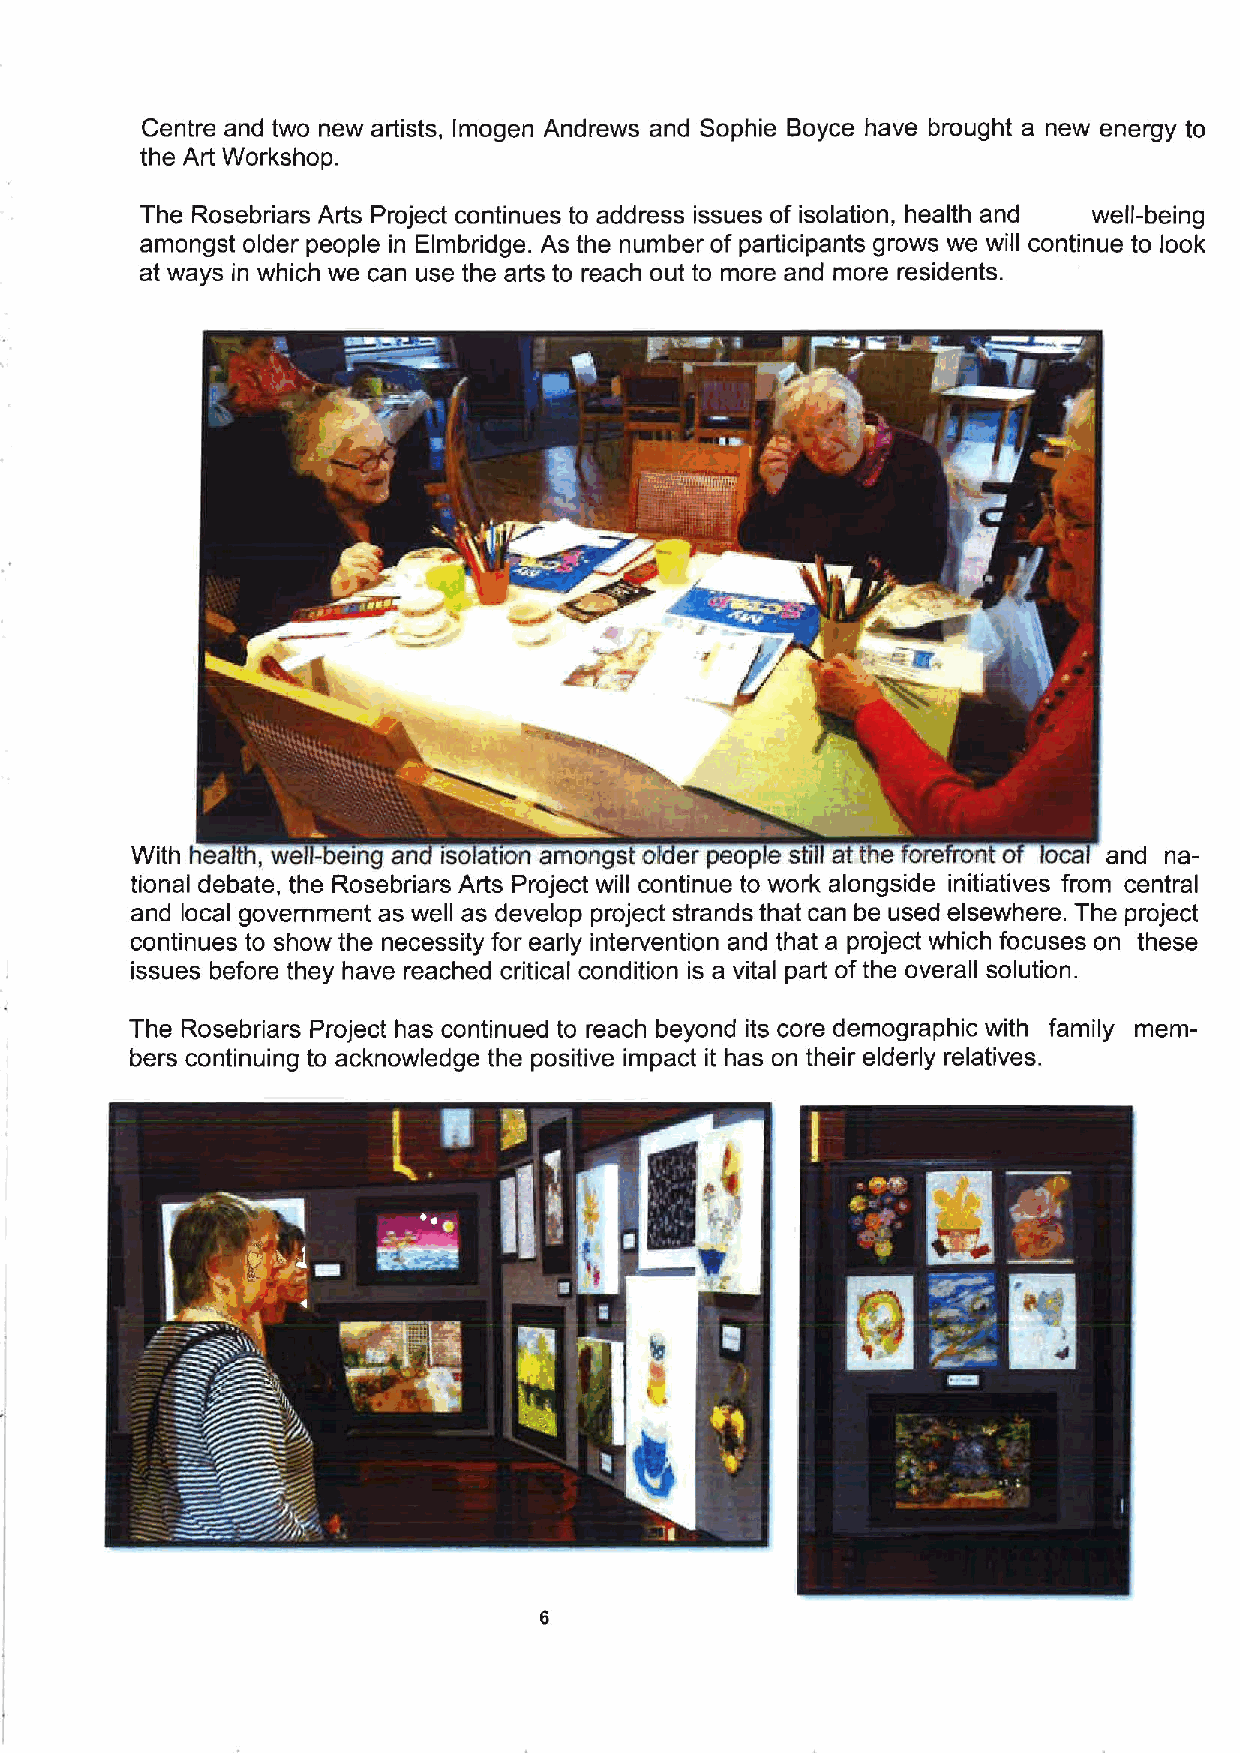
Centre and two new artists, Imogen Andrews and Sophie Boyce have brought a new energy to
 the Art Workshop.
 The Rosebriars Arts Project continues to address issues of isolation, health and well-being
 amongst older people in Elmbridge. As the number of participants grows we will continue to look
 at ways in which we can use the arts to reach out to more and more residents.
 Withhea, we- etngan isoaionamongs o erpeopesi    e  re  n   oca and na-
 tional debate, the Rosebriars Arts Project will continue to work alongside initiatives from central
 and local government as well as develop project strands that can be used elsewhere. The project
 continues to show the necessity for early intervention and that a project which focuses on these
 issues before they have reached critical condition is a vital part ofthe overall solution.
 The Rosebriars Project has continued to reach beyond its core demographic with family mem-
 bers continuing to acknowledge the positive impact it has on their elderly relatives.